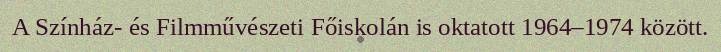
A Színház- és Filmművészeti Főiskolán is oktatott 1964–1974 között.